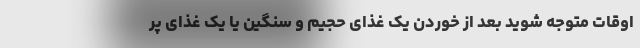
اوقات متوجه شوید بعد از خوردن یک غذای حجیم و سنگین یا یک غذای پُر